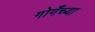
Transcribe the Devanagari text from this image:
गोगँच्या